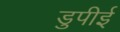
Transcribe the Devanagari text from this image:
डुपीई